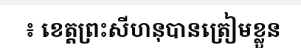
៖ ខេត្តព្រះសីហនុបានត្រៀមខ្លួន